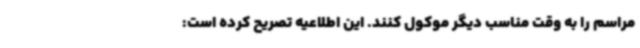
مراسم را به وقت مناسب دیگر موکول کنند. این اطلاعیه تصریح کرده است: